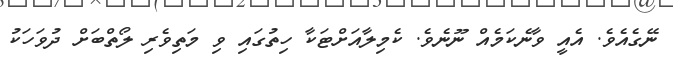
ނޭގެއެވެ. އެއީ ވާނެކަމެއް ނޫނެވެ. ކެމިލާއަށްޓަކާ ހިތުގައި ވި މަތިވެރި ލޯތްބަށް ދުވަހަކު